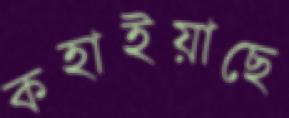
কহাইয়াছে